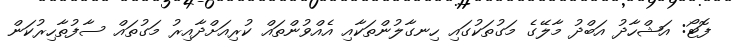
ފޮޓޯ: އަޝްހާދު އަބްދު މާލޭގެ މަގުތަކުގައި ހިނގާލުންތަކާއި އެއްވުންތައް ކުރިއަށްދާއިރު މަގުތައް ސާފުތާހިރުކަން